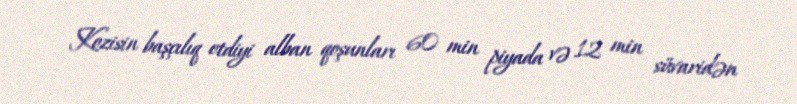
Kozisin başçılıq etdiyi alban qoşunları 60 min piyada və 12 min süvaridən